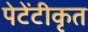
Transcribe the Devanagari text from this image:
पेटेंटीकृत